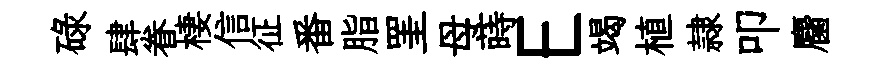
碌肆眷棲信征番脂罣母蒔E竭植隷叩麕